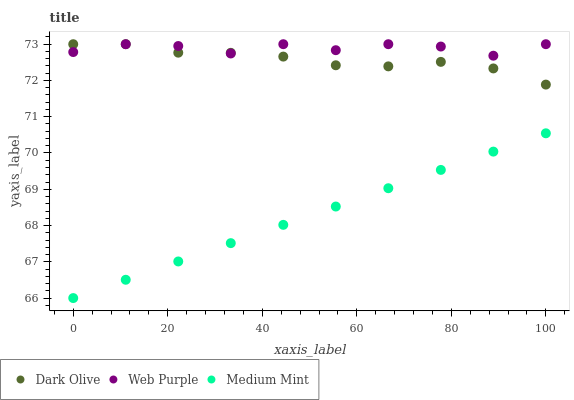
| xaxis_label | Dark Olive | Web Purple | Medium Mint |
 | --- | --- | --- | --- |
 | 0 | 73 | 72.8 | 66 |
 | 11.1 | 73 | 73 | 66.5 |
 | 22.2 | 72.8 | 72.9 | 67 |
 | 33.3 | 72.8 | 72.7 | 67.5 |
 | 44.4 | 72.7 | 73 | 68 |
 | 55.6 | 72.4 | 72.8 | 68.5 |
 | 66.7 | 72.4 | 73 | 69 |
 | 77.8 | 72.5 | 72.9 | 69.5 |
 | 88.9 | 72.3 | 72.7 | 70 |
 | 100 | 71.9 | 73 | 70.5 |